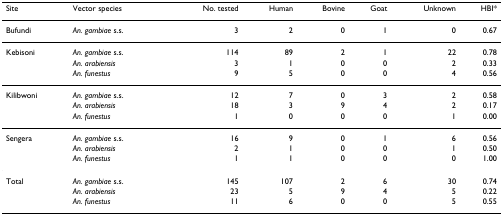
| Site | Vector species | No. tested | Human | Bovine | Goat | Unknown | HBI* |
 | --- | --- | --- | --- | --- | --- | --- | --- |
 | Bufundi | An. gambiae s.s. | 3 | 2 | 0 | 1 | 0 | 0.67 |
 | Kebisoni | An. gambiae s.s. | 114 | 89 | 2 | 1 | 22 | 0.78 |
 |  | An. arabiensis | 3 | 1 | 0 | 0 | 2 | 0.33 |
 |  | An. funestus | 9 | 5 | 0 | 0 | 4 | 0.56 |
 | Kilibwoni | An. gambiae s.s. | 12 | 7 | 0 | 3 | 2 | 0.58 |
 |  | An. arabiensis | 18 | 3 | 9 | 4 | 2 | 0.17 |
 |  | An. funestus | 1 | 0 | 0 | 0 | 1 | 0.00 |
 | Sengera | An. gambiae s.s. | 16 | 9 | 0 | 1 | 6 | 0.56 |
 |  | An. arabiensis | 2 | 1 | 0 | 0 | 1 | 0.50 |
 |  | An. funestus | 1 | 1 | 0 | 0 | 0 | 1.00 |
 | Total | An. gambiae s.s. | 145 | 107 | 2 | 6 | 30 | 0.74 |
 |  | An. arabiensis | 23 | 5 | 9 | 4 | 5 | 0.22 |
 |  | An. funestus | 11 | 6 | 0 | 0 | 5 | 0.55 |